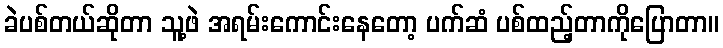
ခဲပစ်တယ်ဆိုတာ သူ့ဖဲ အရမ်းကောင်းနေတော့ ပက်ဆံ ပစ်ထည့်တာကိုပြောတာ။